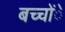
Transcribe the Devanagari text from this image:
बच्चोंे